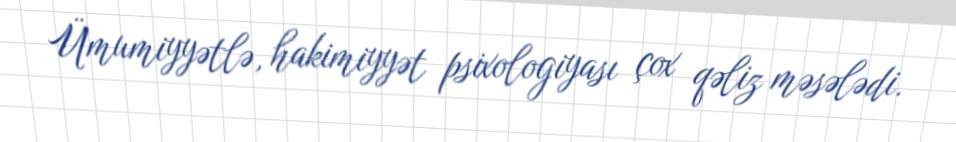
Ümumiyyətlə, hakimiyyət psixologiyası çox qəliz məsələdi.